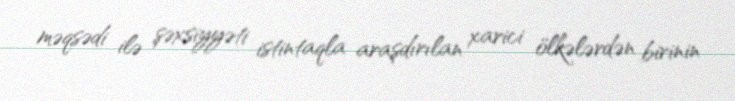
məqsədi ilə şəxsiyyəti istintaqla araşdırılan xarici ölkələrdən birinin